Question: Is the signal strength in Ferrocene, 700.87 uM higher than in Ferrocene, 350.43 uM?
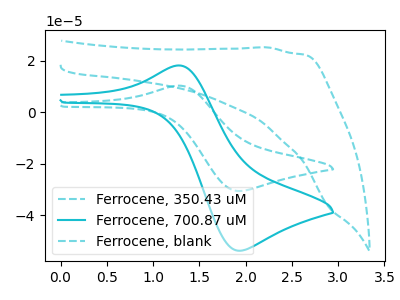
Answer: <think>The cyan dashed curve "Ferrocene, 350.43 uM" has an anodic peak at (1.30V, 10.30uA) and a cathodic peak at (1.95V, -30.50uA). The cyan curve "Ferrocene, 700.87 uM" has an anodic peak at (1.30V, 18.15uA) and a cathodic peak at (1.95V, -53.65uA). The cyan dashed curve "Ferrocene, blank" has no peaks.
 All the peaks in "Ferrocene, 700.87 uM" have a peak in "Ferrocene, 350.43 uM" at the same potential. Every peak in "Ferrocene, 700.87 uM" is higher than every peak in "Ferrocene, 350.43 uM".</think>
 <answer>"Ferrocene, 700.87 uM" has more signal than "Ferrocene, 350.43 uM".</answer>
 <eval>more_signal</eval>